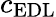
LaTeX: c_{\mathrm{EDL}}